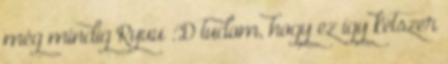
még mindig Ryuu :'D tudom, hogy ez így kétszer